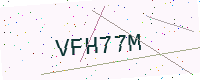
Text: VFH77M